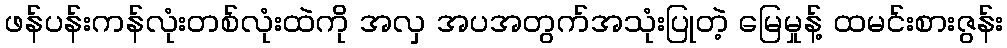
ဖန်ပန်းကန်လုံးတစ်လုံးထဲကို အလှ အပအတွက်အသုံးပြုတဲ့ မြေမှုန့် ထမင်းစားဇွန်း